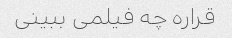
قراره چه فیلمی ببینی